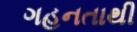
ગહનતાથી